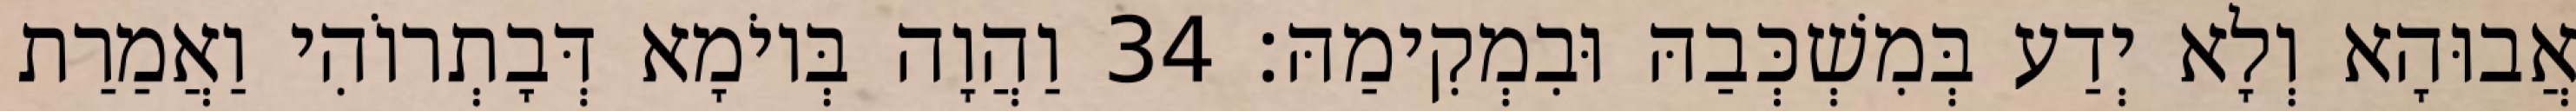
אֲבוּהָא וְלָא יְדַע בְּמִשְׁכְּבַהּ וּבִמְקִימַהּ׃ 34 וַהֲוָה בְּיוֹמָא דְּבָתְרוֹהִי וַאֲמַרַת